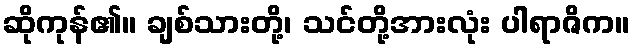
ဆိုကုန်၏။ ချစ်သားတို့၊ သင်တို့အားလုံး ပါရာဇိက။